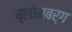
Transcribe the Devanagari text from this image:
ब्लोम्बर्ग